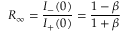
R _ { \infty } = \frac { I _ { - } ( 0 ) } { I _ { + } ( 0 ) } = \frac { 1 - \beta } { 1 + \beta }